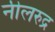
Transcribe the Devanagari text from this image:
नीलरुद्र